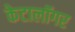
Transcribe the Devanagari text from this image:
केटालॉगर